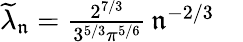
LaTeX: \begin{array}{r}{\widetilde\lambda_{\mathfrak{n}}=\frac{2^{7/3}}{3^{5/3}\pi^{5/6}}\, \mathfrak{n}^{-2/3}\quad}\end{array}